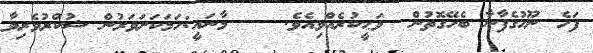
ފަހެ ނޫޙުގެފާނާ ބެހޭގޮތުން  ވަޙީކުރެއްވިއެވެ.    މާނައީ:ހަމަކަށަވަރުން ޝުކްރުވެރިވާ